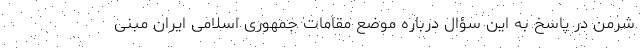
شرمن در پاسخ به این سؤال درباره موضع مقامات جمهوری اسلامی ایران مبنی